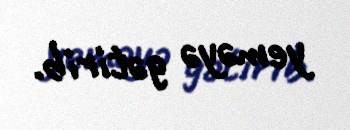
yeməyə gətirib.